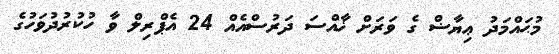
މުޙައްމަދު ޢިޔާޟް ގެ ވަރަށް ޚާއްސަ ދަރުސްއެއް 24 އެޕްރިލް ވާ ހުކުރުދުވަހުގެ